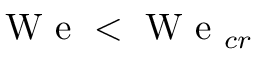
\mathrm { ~ W ~ e ~ } < \mathrm { ~ W ~ e ~ } _ { c r }